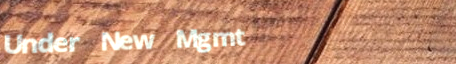
Under New Mgmt